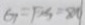
G _ { 1 } = F S = 8 0